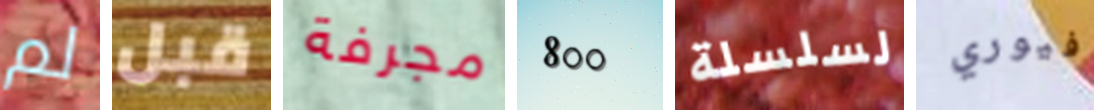
لم قبل مجرفة 800 لسلسلة فيوري